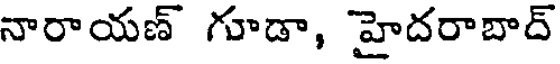
నారాయణ్ గూడా, హైదరాబాద్